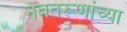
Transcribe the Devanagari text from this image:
नवतरूणांच्या